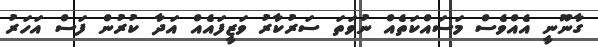
ގާނޫނީ އެއްވެސް މަސައްކަތެއް ނުވަތަ ސަރުކާރު ވަޒީފައެއް އަދާ ކުރުން ފަސް އަހަރު